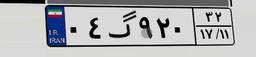
۰۴گ۹۲۰۳۲